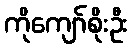
ကိုကျော်စိုးဦး